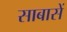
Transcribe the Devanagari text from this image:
साबासें